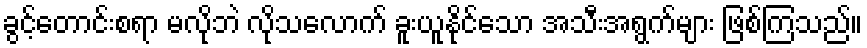
ခွင့်တောင်းစရာ မလိုဘဲ လိုသလောက် ခူးယူနိုင်သော အသီးအရွက်များ ဖြစ်ကြသည်။